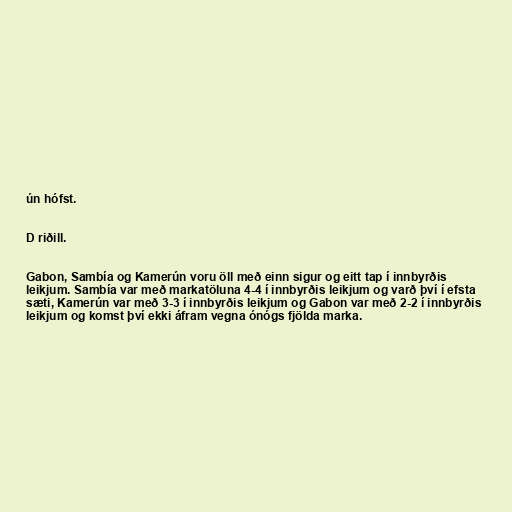
ún hófst.

D riðill.

Gabon, Sambía og Kamerún voru öll með einn sigur og eitt tap í innbyrðis
leikjum. Sambía var með markatöluna 4-4 í innbyrðis leikjum og varð því í efsta
sæti, Kamerún var með 3-3 í innbyrðis leikjum og Gabon var með 2-2 í innbyrðis
leikjum og komst því ekki áfram vegna ónógs fjölda marka.